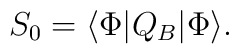
S_0=\langle\Phi |Q_B|\Phi\rangle .